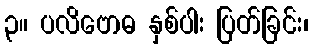
၃။ ပလိဗောဓ နှစ်ပါး ပြတ်ခြင်း၊